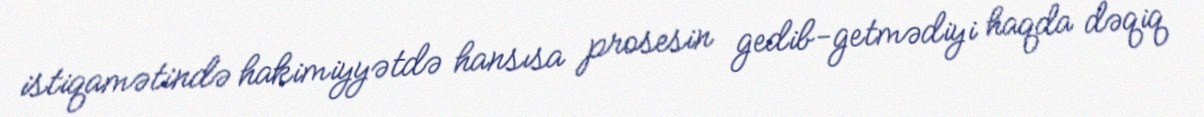
istiqamətində hakimiyyətdə hansısa prosesin gedib-getmədiyi haqda dəqiq